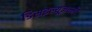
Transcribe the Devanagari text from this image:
डिसइल्यूज़न्मेंट